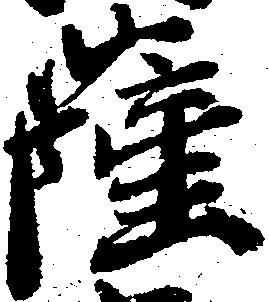
薩